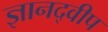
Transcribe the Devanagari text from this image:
ज्ञानद्वीप